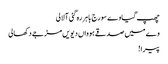
چھپ گیا وے سورج باہر رہ گئی آ لالی
وے میں صدقے ہوواں دیویں مڑ جے دکھالی
پیرا!